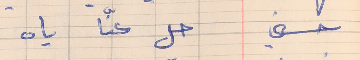
حسني     حل عنّا ياه